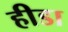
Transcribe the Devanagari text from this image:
हीडा